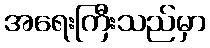
အရေးကြီးသည်မှာ